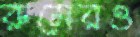
রুমেরও